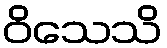
ဝိသေသိ